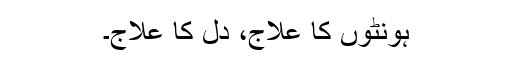
ہونٹوں کا علاج، دل کا علاج۔